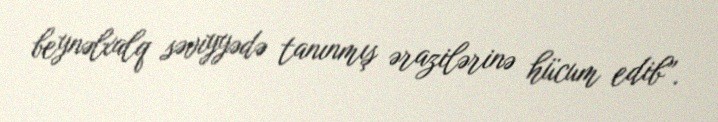
beynəlxalq səviyyədə tanınmış ərazilərinə hücum edib”.